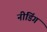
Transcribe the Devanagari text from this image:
नीडिंग